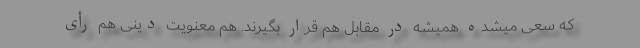
که سعی میشده همیشه در مقابل هم قرار بگیرند. هم معنویت دینی هم رأیِ